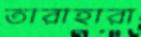
তারাহারা